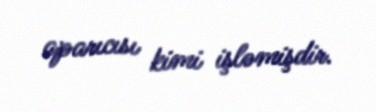
aparıcısı kimi işləmişdir.